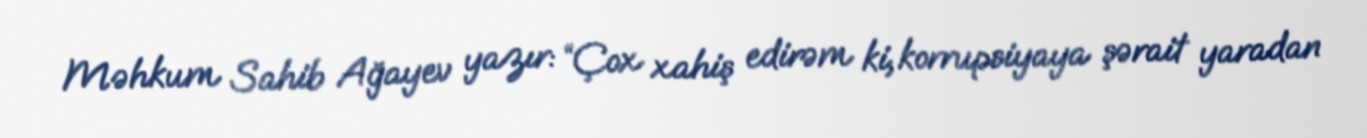
Məhkum Sahib Ağayev yazır: “Çox xahiş edirəm ki, korrupsiyaya şərait yaradan